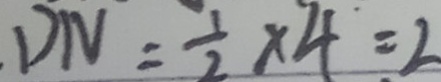
. D N = \frac { 1 } { 2 } \times 4 = 2